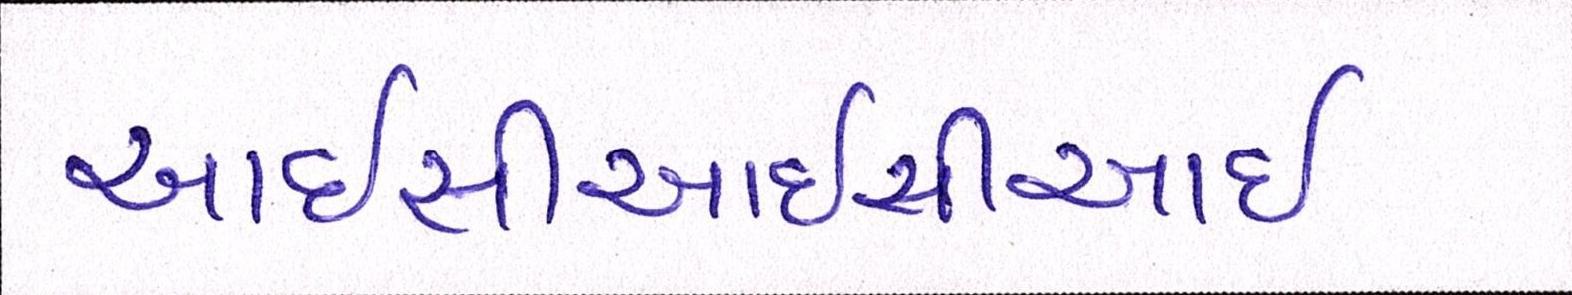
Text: આઇસીઆઇસીઆઇ